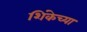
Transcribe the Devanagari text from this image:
शिंकेच्या